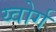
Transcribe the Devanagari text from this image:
य्वोर्ग